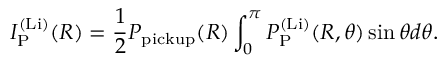
I _ { \mathrm { P } } ^ { \mathrm { ( L i ) } } ( R ) = \frac { 1 } { 2 } P _ { \mathrm { p i c k u p } } ( R ) \int _ { 0 } ^ { \pi } P _ { \mathrm { P } } ^ { \mathrm { ( L i ) } } ( R , \theta ) \sin \theta d \theta .